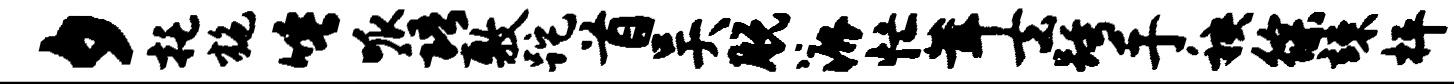
夕托施唾呱语敷跎首吴脱漉忙茸去跨手秧徐竦枰